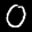
Label: 0